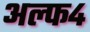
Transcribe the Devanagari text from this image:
अल्फ४